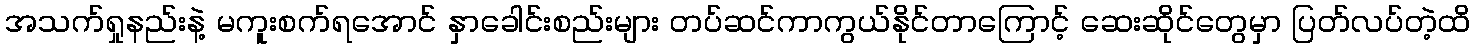
အသက်ရှုနည်းနဲ့ မကူးစက်ရအောင် နှာခေါင်းစည်းများ တပ်ဆင်ကာကွယ်နိုင်တာကြောင့် ဆေးဆိုင်တွေမှာ ပြတ်လပ်တဲ့ထိ